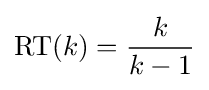
\operatorname {RT} (k)={\frac {k}{k-1}}